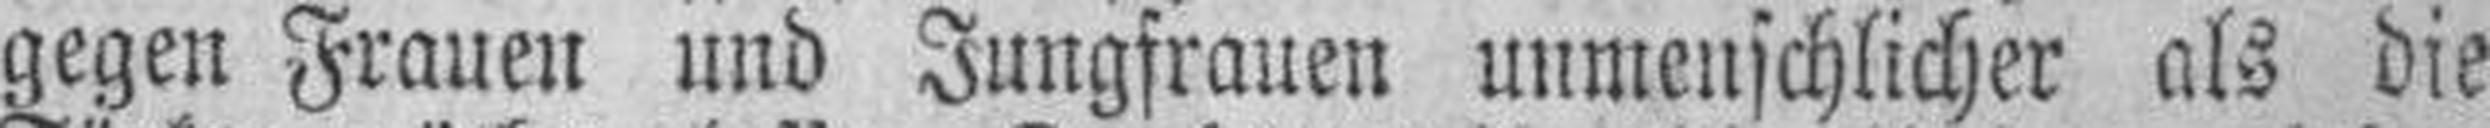
gegen Frauen und Jungfrauen unmenschlicher als die